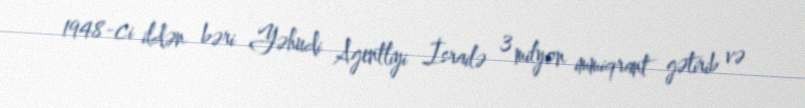
1948-ci ildən bəri Yəhudi Agentliyi İsrailə 3 milyon immiqrant gətirib və